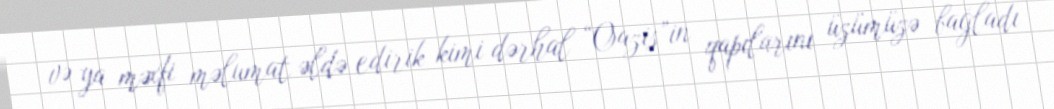
və ya məxfi məlumat əldə edirik kimi dərhal “Oazis”in qapılarını üzümüzə bağladı